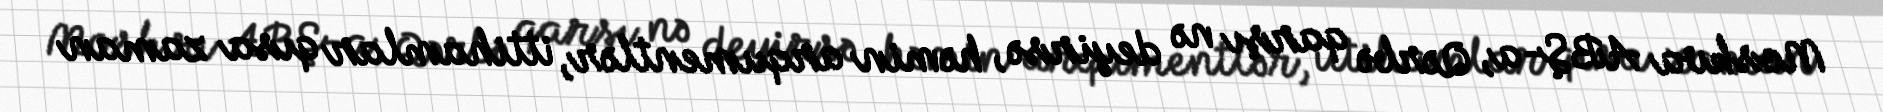
Moskva ABŞ-a, Qərbə qarşı nə deyirsə, həmin arqumentlər, ittihamlar qısa zaman